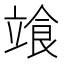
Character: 𩚷